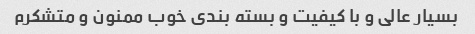
بسیار عالی و با کیفیت و بسته بندی خوب ممنون و متشکرم